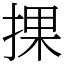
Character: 捰